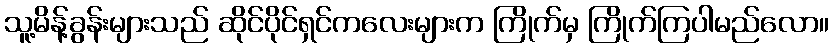
သူ့မိန့်ခွန်းများသည် ဆိုင်ပိုင်ရှင်ကလေးများက ကြိုက်မှ ကြိုက်ကြပါမည်လော။